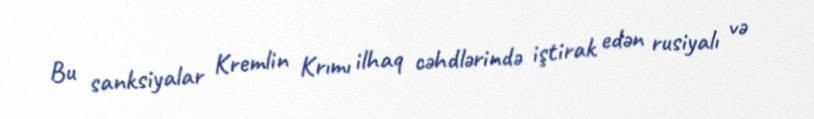
Bu sanksiyalar Kremlin Krımı ilhaq cəhdlərində iştirak edən rusiyalı və